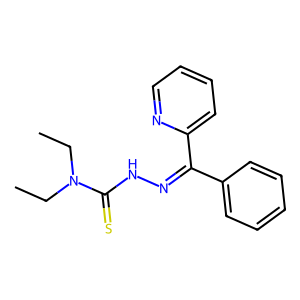
SMILES: CCN(CC)C(=S)NN=C(c1ccccc1)c1ccccn1
Inhibits HIV replication: No